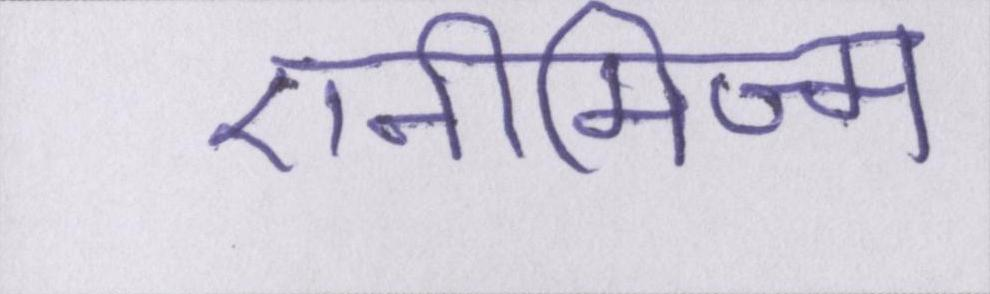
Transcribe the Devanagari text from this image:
एनीमिज्म